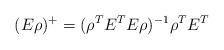
LaTeX: \begin{align*}(E\rho)^+=(\rho^TE^TE\rho)^{-1}\rho^TE^T\end{align*}